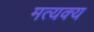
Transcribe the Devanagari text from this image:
मत्यक्य